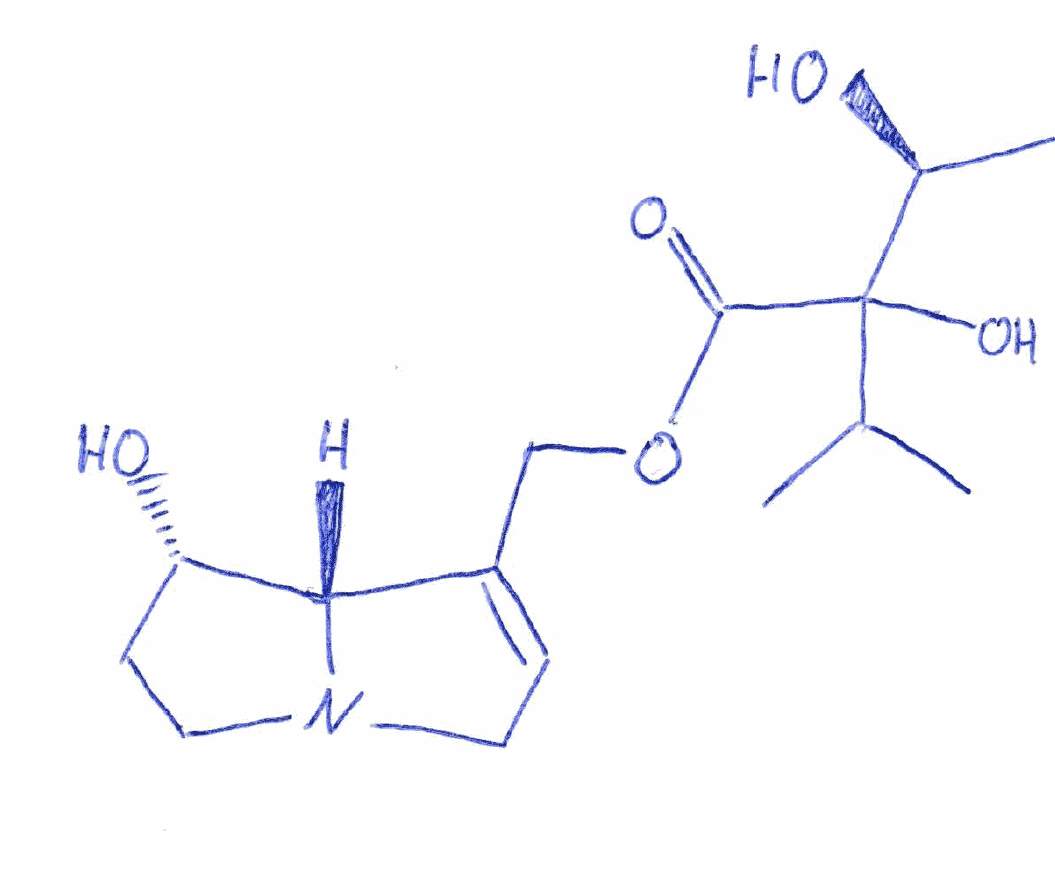
Simplified molecular-input line-entry system (SMILES) notation of the given molecule:
C[C@@H](C(C(C)C)(C(=O)OCC1=CCN2[C@@H]1[C@H](CC2)O)O)O